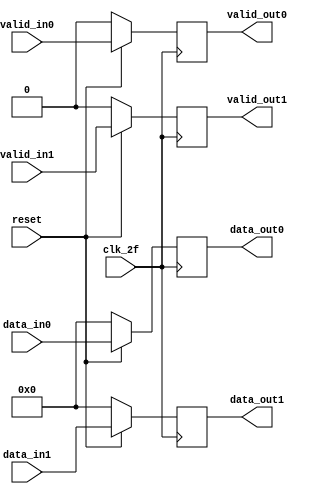
module etapa_flops (
                      input [7:0]      data_in0,
                      input [7:0]      data_in1,
                      input            valid_in0,
                      input            valid_in1,
                      output reg [7:0] data_out0,
                      output reg [7:0] data_out1,
                      output reg       valid_out0,
                      output reg       valid_out1,
                      input            clk_2f,
                      input            reset
                      );

   always @ (posedge clk_2f) begin
      if (!reset) begin
         data_out0 <= 0;
         data_out1 <= 0;
         valid_out0 <= 0;
         valid_out1 <= 0;

      end else begin
         data_out0 <= data_in0;
         data_out1 <=data_in1;
         valid_out0 <= valid_in0;
         valid_out1 <= valid_in1;
      end
   end

endmodule